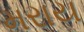
મરાય